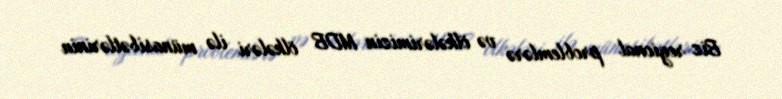
Biz regional problemlərə və ölkələrimizin MDB ölkələri ilə münasibətlərinin